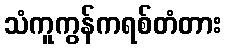
သံကူကွန်ကရစ်တံတား